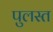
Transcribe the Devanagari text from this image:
पुलस्त